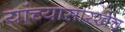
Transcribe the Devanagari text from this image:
यांच्यासारखेच